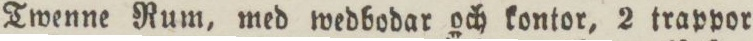
Twenne Rum, med wedbodar och kontor, 2 trappor